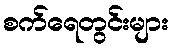
စက်ရေတွင်းများ